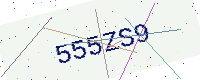
Text: 555ZS9